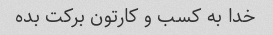
خدا به کسب و کارتون برکت بده